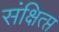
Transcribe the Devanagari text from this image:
संक्षित्प्त